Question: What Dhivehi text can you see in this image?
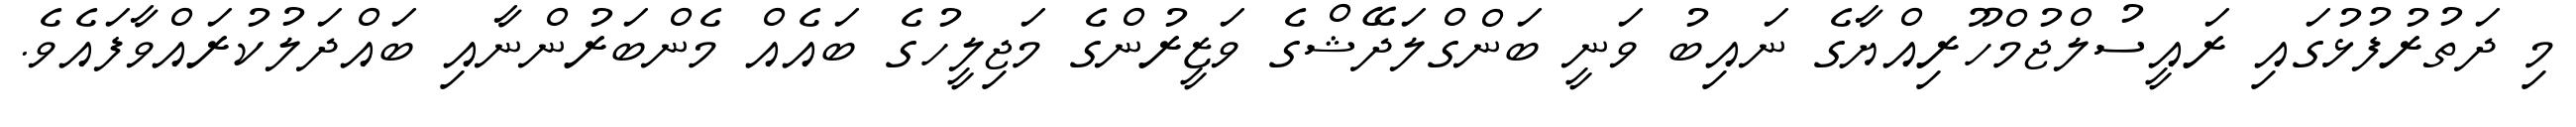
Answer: މި ދަތުރުފުޅުގައި ރައީސުލްޖުމްހޫރިއްޔާގެ ނައިބު ވަނީ ބަންގްލަދޭޝްގެ ވަޒީރުންގެ މަޖިލީހުގެ ބައެއް މެންބަރުންނާއި ބައްދަލުކުރައްވާފައެވެ.